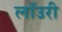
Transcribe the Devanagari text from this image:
लाॅउरी